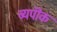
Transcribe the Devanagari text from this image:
ब्यपॊक